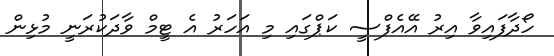
ހޯދާފައިވާ އިރު އޭއެފްސީ ކަޕްގައި މި އަހަރު އެ ޓީމް ވާދަކުރަނީ މުޅިން